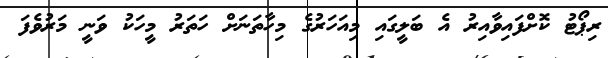
ރިޕޯޓު ކޮށްފައިވާއިރު އެ ބަލީގައި މިއަހަރުގެ މިހާތަނަށް ހަތަރު މީހަކު ވަނީ މަރުވެފަ